Rangoon Lunatic Asylum 1878-1892 - 1878-1892
Year: 1878
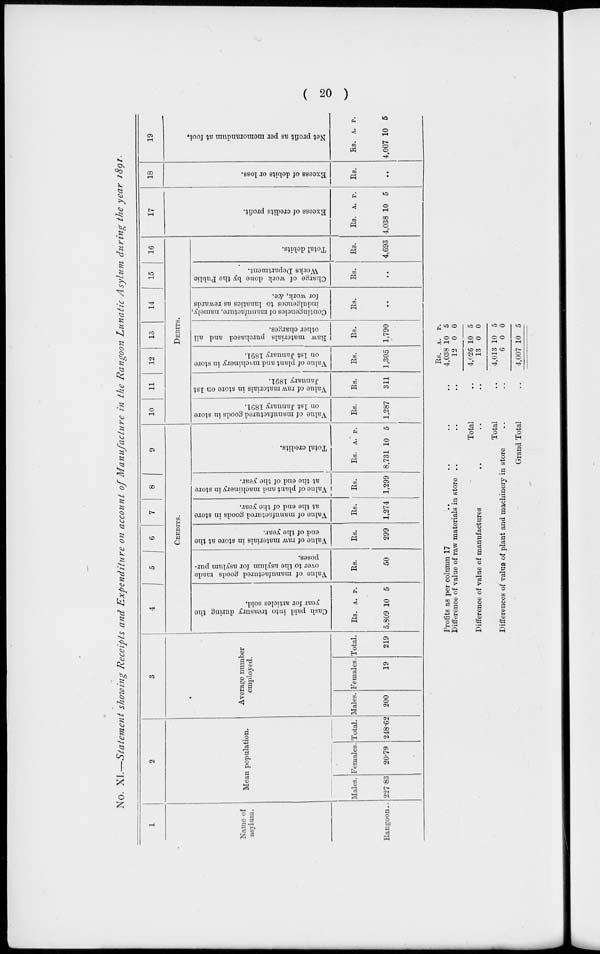
( 20 )
No. XI.—Statement showing Receipts and Expenditure on account of Manufacture in the Rangoon Lunatic Asylum during the year 1891.
1
Name of
asylum.
Rangoon ..
2
Mean population.
Males.
227.83
Females.
20.79
Total.
248.62
3
Average number
employed.
Males.
200
Females.
19
Total.
219
4
5
6
7
8
9
CREDITS.
Cash paid into treasury during the
year for articles sold.
Rs.
5,809
A.
10
P.
5
Value of manufactured goods made
over to the asylum for asylum pur-
poses.
Rs.
50
Value of raw materials in store at the
end of the year.
Rs.
299
Value of manufactured goods in store
at the end of the year.
Rs.
1,274
Value of plant and machinery in store
at the end of the year.
Rs.
1,299
Total credits.
Rs.
8,731
A.
10
P.
5
10
11
12
13
14
15
16
DEBITS.
Value of manufactured goods in store
on 1st January 1891.
Rs.
1,287
Value of raw materials in store on 1st
January 1891.
Rs.
311
Value of plant and machinery in store
on 1st January 1891.
Rs.
1,305
Raw materials purchased and all
other charges.
Rs.
1,790
Contingencies of manufacture, namely,
indulgences to lunatics as rewards
for work, &c.
Rs.
..
Charge of work done by the Public
Works Department.
Rs.
..
Total debits.
Rs.
4,693
17
Excess of credits profit.
Rs.
4,038
A.
10
P.
5
18
Excess of debits or loss.
Rs.
..
19
Net profit as per memorandum at foot.
Rs.
4,007
A.
10
P.
5
Profits as per column 17 .. .. .. ..
Difference of value of raw materials in store .. .. ..
Total ..
Difference of value of manufactures .. .. ..
Total ..
Differences of value of plant and machinery in store .. ..
Grand Total ..
Rs.
4,038
12
4,026
13
4,013
6
4,007
A.
10
0
10
0
10
0
10
P.
5
0
5
0
5
0
5